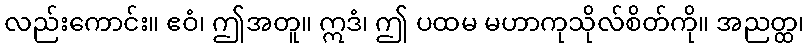
လည်းကောင်း။ ဧဝံ၊ ဤအတူ။ ဣဒံ၊ ဤ ပထမ မဟာကုသိုလ်စိတ်ကို။ အညတ္ထ၊